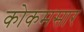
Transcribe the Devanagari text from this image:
कोकमसार